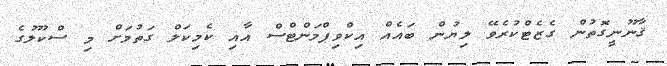
ޤާނޫނީގޮތުން ގެޒެޓްކުރެވޭ ލިޔުން ބައެއް އިކްވިޕްމަންޓްސް އާއި ކެމިކަލް ގަތުމަށް މި ސްކޫލުގެ